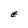
Character: E